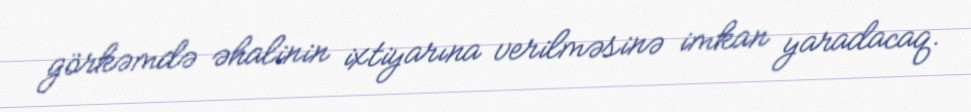
görkəmdə əhalinin ixtiyarına verilməsinə imkan yaradacaq.